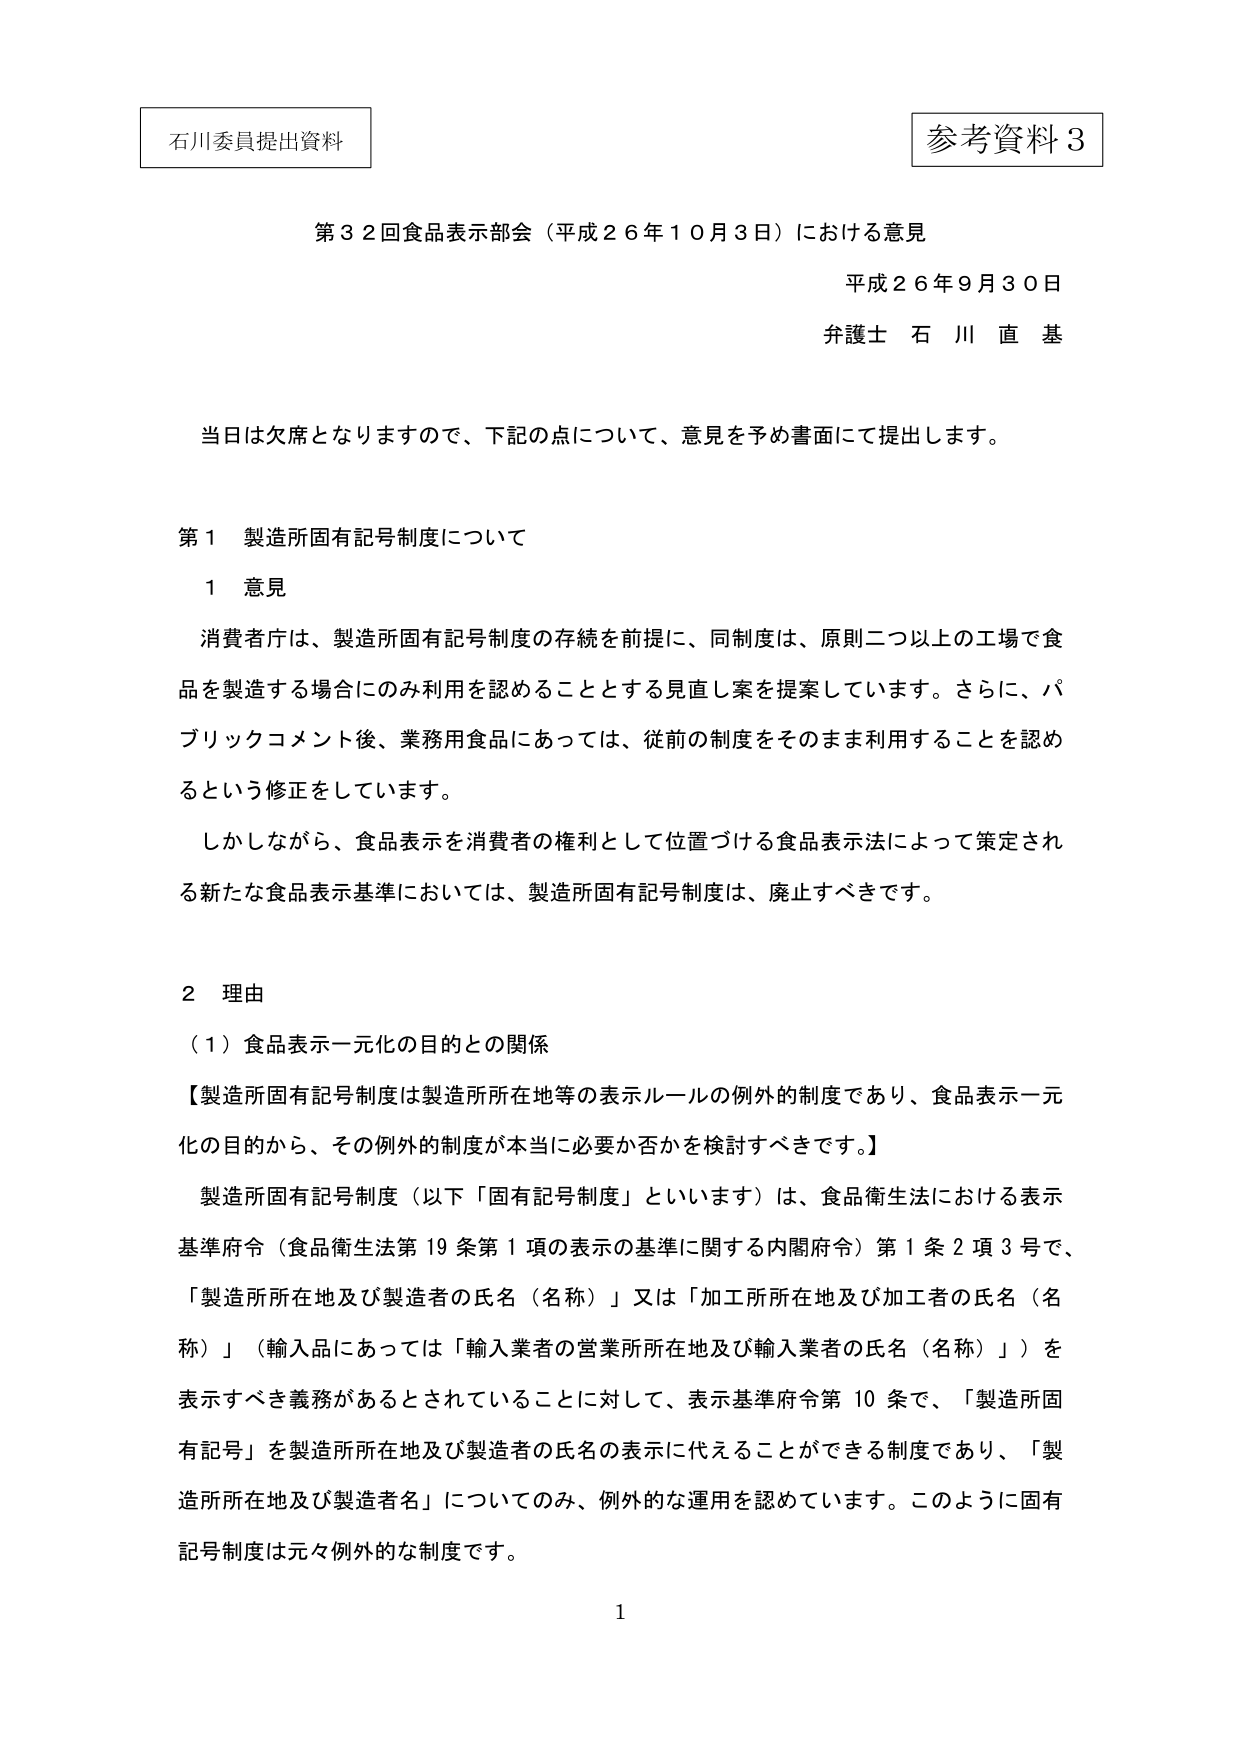
石川委員提出資料

参考資料３

第３２回食品表示部会（平成２６年１０月３日）における意見

平成２６年９月３０日

弁護士 石川直基

当日は欠席となりますので、下記の点について、意見を予め書面にて提出します。

第１ 製造所固有記号制度について

１ 意見

消費者庁は、製造所固有記号制度の存続を前提に、同制度は、原則二つ以上の工場で食品を製造する場合にのみ利用を認めることとする見直し案を提案しています。さらに、パブリックコメント後、業務用食品にあっては、従前の制度をそのまま利用することを認めるという修正をしています。

しかしながら、食品表示を消費者の権利として位置づける食品表示法によって策定される新たな食品表示基準においては、製造所固有記号制度は、廃止すべきです。

２ 理由

（１）食品表示一元化の目的との関係

【製造所固有記号制度は製造所所在地等の表示ルールの例外的制度であり、食品表示一元化の目的から、その例外的制度が本当に必要か否かを検討すべきです。】

製造所固有記号制度（以下「固有記号制度」といいます）は、食品衛生法における表示基準府令（食品衛生法第19条第1項の表示の基準に関する内閣府令）第1条2項3号で、「製造所所在地及び製造者の氏名（名称）」又は「加工所所在地及び加工者の氏名（名称）」（輸入品にあっては「輸入業者の営業所所在地及び輸入業者の氏名（名称）」）を表示すべき義務があるとされていることに対して、表示基準府令第10条で、「製造所固有記号」を製造所所在地及び製造者の氏名の表示に代えることができる制度であり、「製造所所在地及び製造者名」についてのみ、例外的な運用を認めています。このように固有記号制度は元々例外的な制度です。

1